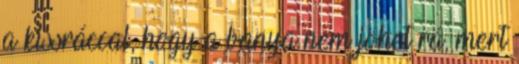
a kissráccal, hogy a banya nem jöhet rá, mert